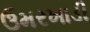
ઉમરખાડી